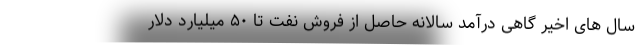
سال های اخیر گاهی درآمد سالانه حاصل از فروش نفت تا ۵۰ میلیارد دلار